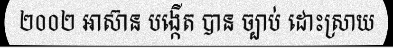
២០០២ អាស៊ាន បង្កើត បាន ច្បាប់ ដោះស្រាយ